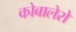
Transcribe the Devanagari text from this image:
कोबालेरो